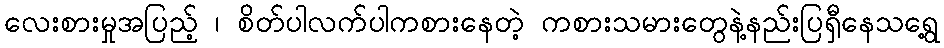
လေးစားမှုအပြည့် ၊ စိတ်ပါလက်ပါကစားနေတဲ့ ကစားသမားတွေနဲ့နည်းပြရှီနေသရွေ့